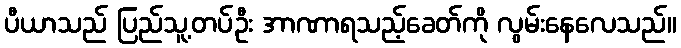
ပီယာသည် ပြည်သူ့တပ်ဦး အာဏာရသည့်ခေတ်ကို လွမ်းနေလေသည်။